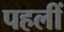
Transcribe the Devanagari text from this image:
पहलीं